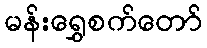
မန်းရွှေစက်တော်